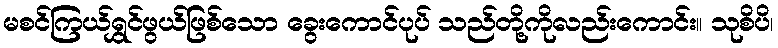
မစင်ကြယ်ရွှင်ဖွယ်ဖြစ်သော ခွေးကောင်ပုပ် သည်တို့ကိုလည်းကောင်း။ သုစိပိ၊